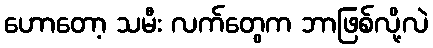
ဟောတော့ သမီး လက်တွေက ဘာဖြစ်လို့လဲ